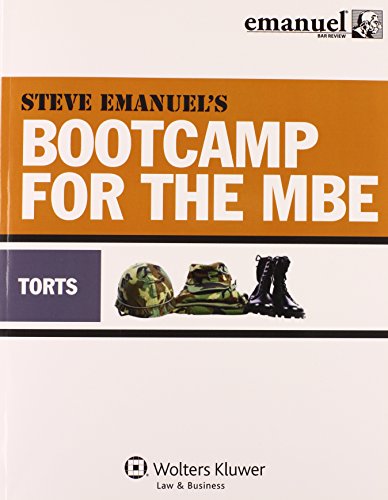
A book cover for MBE Bootcamp: Torts (Bootcamp for the Mbe); Steven Emanuel; Test Preparation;